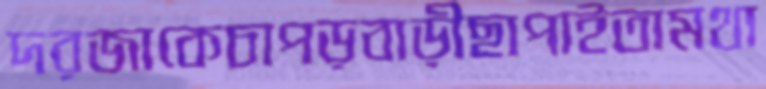
দরজাকেচাপড়বাড়ীছাপাইতামথা